Report of the Bombay Plague Committee
Disease focus: Plague
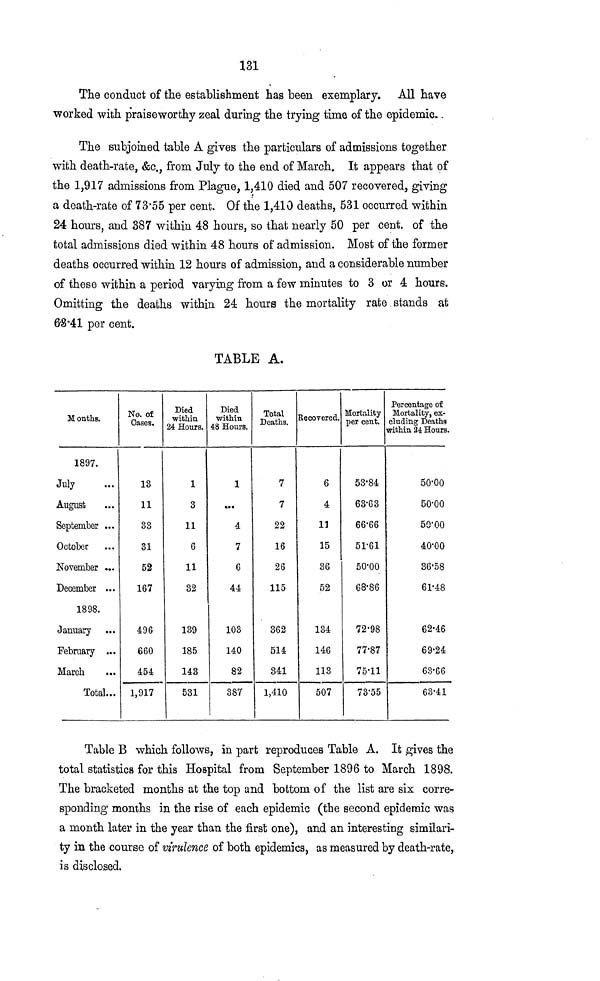
131
The conduct of the establishment has been exemplary. All have
worked with praiseworthy zeal during the trying time of the epidemic.
The subjoined table A gives the particulars of admissions together
with death-rate, &c., from July to the end of March. It appears that of
the 1,917 admissions from Plague, 1,410 died and 507 recovered, giving
a death-rate of 73·55 per cent. Of the 1,410 deaths, 531 occurred within
24 hours, and 387 within 48 hours, so that nearly 50 per cent. of the
total admissions died within 48 hours of admission. Most of the former
deaths occurred within 12 hours of admission, and a considerable number
of these within a period varying from a few minutes to 3 or 4 hours.
Omitting the deaths within 24 hours the mortality rate stands at
63·41 per cent.
TABLE A.
Months.
1897.
July
August
September ...
October
November ...
December ...
1898.
January
February ...
March
Total...
No. of
Cases.
13
11
33
31
52
167
496
660
454
1,917
Died
within
24 Hours.
1
3
11
6
11
32
139
185
143
531
Died
Within
48 Hours.
1
...
4
7
6
44
103
140
82
387
Total
Deaths.
7
7
22
16
26
115
362
514
341
1,410
Recovered.
6
4
11
15
36
52
134
146
113
507
Mortality
per cent.
53·84
63·63
66·66
51·61
50·00
68·86
72·98
77·87
75·11
73·55
Percentage of
Mortality, ex-
cluding Deaths
within 24 Hours.
50·00
50·00
50·00
40·00
36·58
61·48
62·46
69·24
63·66
63·41
Table B which follows, in part reproduces Table A. It gives the
total statistics for this Hospital from September 1896 to March 1898.
The bracketed months at the top and bottom of the list are six corre-
sponding months in the rise of each epidemic (the second epidemic was
a month later in the year than the first one), and an interesting similari-
ty in the course of virulence of both epidemics, as measured by death-rate,
is disclosed.